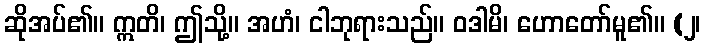
ဆိုအပ်၏။ ဣတိ၊ ဤသို့။ အဟံ၊ ငါဘုရားသည်။ ဝဒါမိ၊ ဟောတော်မူ၏။ (၂၊